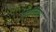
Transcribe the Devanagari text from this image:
सलीनियम